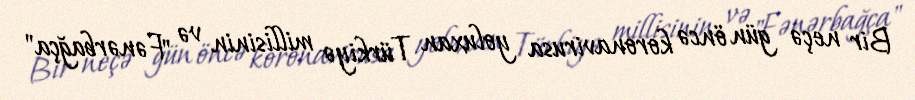
Bir neçə gün öncə koronavirusa yoluxan Türkiyə millisinin və "Fənərbağça"